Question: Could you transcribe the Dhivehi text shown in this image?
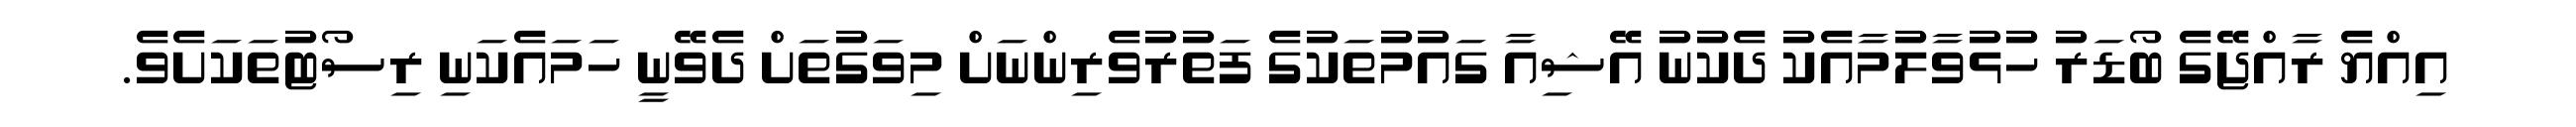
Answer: އިއްޔެ ރާއްޖޭގެ ބޯޑަރު ހުޅުވާލުމާއެކު ދެކުނު އޭޝިއާ ގައުމުތަކުގެ ފަތުރުވެރިންނަށް މިވަގުތަށް ދެވޭނީ ހަމައެކަނި ރިސޯޓުތަކަށެވެ.